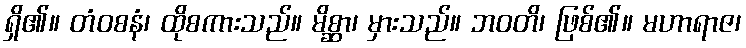
ရှိ၏။ တံဝစနံ၊ ထိုစကားသည်။ မိစ္ဆာ၊ မှားသည်။ ဘဝတိ၊ ဖြစ်၏။ မဟာရာဇ၊